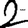
Digit: 2